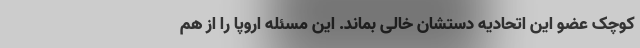
کوچک عضو این اتحادیه دستشان خالی بماند. این مسئله اروپا را از هم